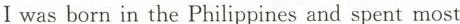
I was born in the Philippines and spent most